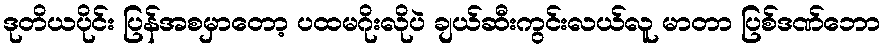
ဒုတိယပိုင်း ပြန်အစမှာတော့ ပထမဂိုးလိုပဲ ချယ်ဆီးကွင်းလယ်လူ မာတာ ပြစ်ဒဏ်ဘော